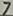
Text: 7